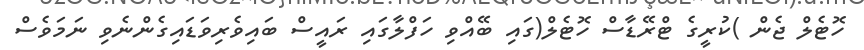
ހޮޓެލް ޖެން )ކުރީގެ ޓްރޭޑާސް ހޮޓެލް(ގައި ބޭއްވި ހަފްލާގައި ރައީސް ބައިވެރިވަޑައިގެންނެވި ނަމަވެސް